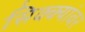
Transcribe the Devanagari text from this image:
सिक्क्यांवर